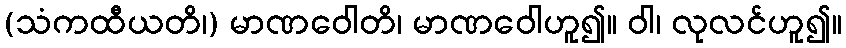
(သံကထီယတိ၊) မာဏဝေါတိ၊ မာဏဝေါဟူ၍။ ဝါ၊ လုလင်ဟူ၍။